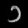
Digit: ၁